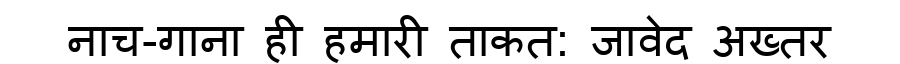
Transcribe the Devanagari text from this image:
नाच-गाना ही हमारी ताकत: जावेद अख्तर